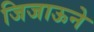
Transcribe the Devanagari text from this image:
जिजाऊने